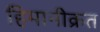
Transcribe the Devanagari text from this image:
हिमानीक्रत